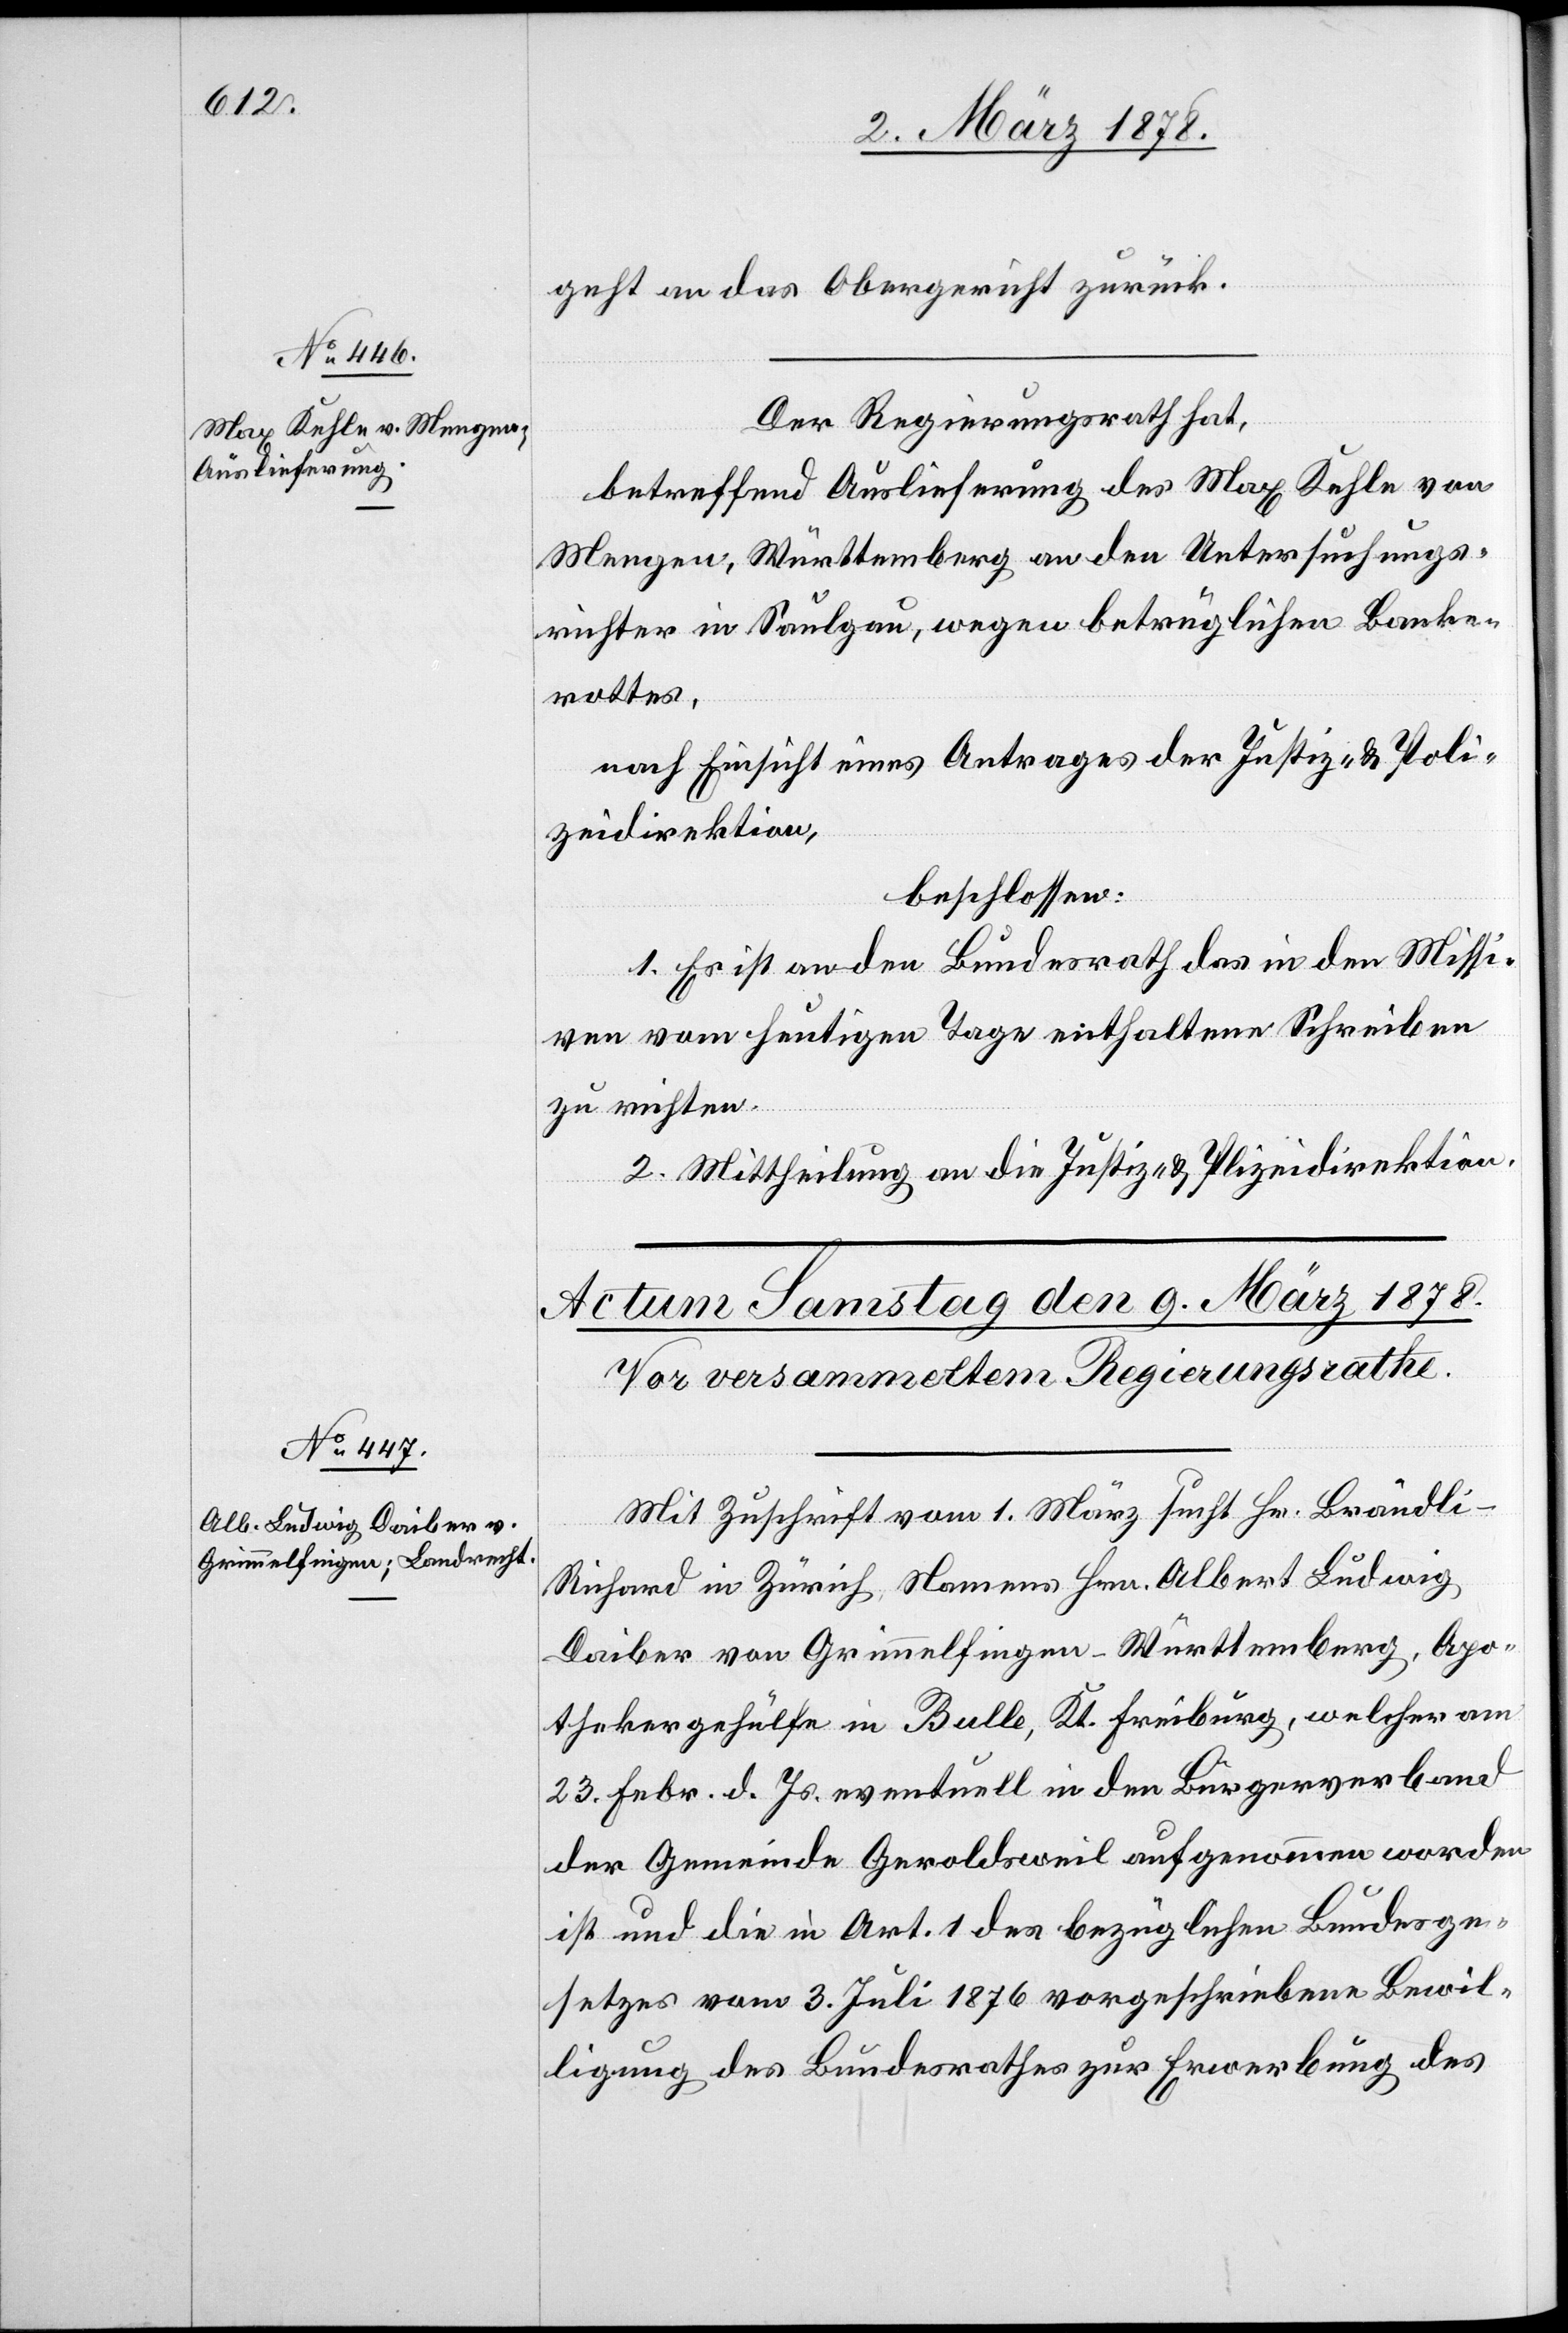
8. März 1878.]
geht an das Obergericht zurück.
Der Regierungsrath hat,
betreffend Auslieferung des Max Kehle von
Mengen, Württemberg an den Untersuchungs¬
richter in Saulgau, wegen betrüglichen Banke¬
rottes,
nach Einsicht eines Antrages der Justiz- & Poli¬
zeidirektion,
beschlossen:
1. Es ist an den Bundesrath das in den Missi¬
ven vom heutigen Tage enthaltene Schreiben
zu richten.
2. Mittheilung an die Justiz- & Polizeidirektion.
Mit Zuschrift vom 1. März sucht Hr. Brändli-R¬
ichard in Zürich, Namens Hrn. Albert Ludwig
Daiber von Grimmelfingen - Württemberg, Apo¬
thekergehülfe in Bulle, Kt. Freiburg, welcher am
23. Febr. d. Js. eventuell in den Bürgerverband
der Gemeinde Geroldsweil aufgenommen worden
ist und die in Art. 1 des bezüglichen Bundesge¬
setzes vom 3. Juli 1876 vorgeschriebene Bewil¬
ligung des Bundesrathes zur Erwerbung des